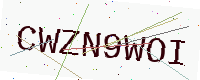
Text: CWZN9WOI